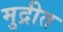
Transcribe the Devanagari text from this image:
मुद्रीत